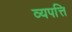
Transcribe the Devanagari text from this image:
व्यपत्ति